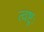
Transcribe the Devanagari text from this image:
त्वष्ट्रः